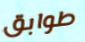
طوابق